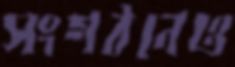
সংগঠনেও